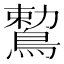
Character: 𪃠